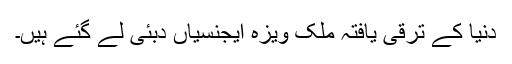
دنیا کے ترقی یافتہ ملک ویزہ ایجنسیاں دبئی لے گئے ہیں۔